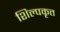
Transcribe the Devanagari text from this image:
शिल्पकृत